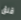
قلق